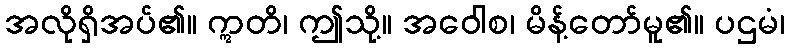
အလိုရှိအပ်၏။ ဣတိ၊ ဤသို့။ အဝေါစ၊ မိန့်တော်မူ၏။ ပဌမံ၊